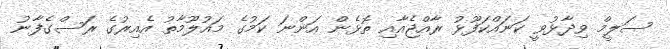
ސަލީމް ވިދާޅުވީ ކަނައްކަފޫޅު ރާއްޖެއާއި ތޮޅެން އަންނަ ކަމުގެ މައުލޫމާތު އެއިރުގެ ރަސްގެފާނު